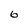
Character: 6